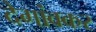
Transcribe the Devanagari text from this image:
देगांवकर